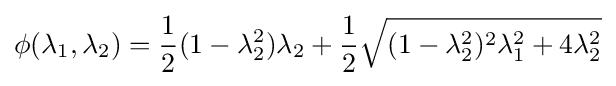
\phi (\lambda _{1},\lambda _{2})={\frac {1}{2}}(1-\lambda _{2}^{2})\lambda _{2}+{\frac {1}{2}}{\sqrt {(1-\lambda _{2}^{2})^{2}\lambda _{1}^{2}+4\lambda _{2}^{2}}}